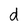
Character: d